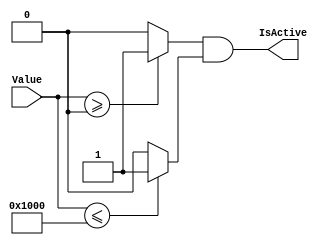
`timescale 1ns/1ps
`default_nettype none
// PLEASE READ THIS, IT MAY SAVE YOU SOME TIME AND MONEY, THANK YOU!
// * This file was generated by Quokka FPGA Toolkit.
// * Generated code is your property, do whatever you want with it
// * Place custom code between [BEGIN USER ***] and [END USER ***].
// * CAUTION: All code outside of [USER] scope is subject to regeneration.
// * Bad things happen sometimes in developer's life,
//   it is recommended to use source control management software (e.g. git, bzr etc) to keep your custom code safe'n'sound.
// * Internal structure of code is subject to change.
//   You can use some of signals in custom code, but most likely they will not exist in future (e.g. will get shorter or gone completely)
// * Please send your feedback, comments, improvement ideas etc. to evmuryshkin@gmail.com
// * Visit https://github.com/EvgenyMuryshkin/QuokkaEvaluation to access latest version of playground
//
// DISCLAIMER:
//   Code comes AS-IS, it is your responsibility to make sure it is working as expected
//   no responsibility will be taken for any loss or damage caused by use of Quokka toolkit.
//
// System configuration name is AXISoCQuadCoreModule_TopLevel_cpu0Interconnect_writeInterconnect_rangeDetectorArray0_rangeDetectors0, clock frequency is 1Hz, Embedded
// FSM summary
// -- Packages
module AXISoCQuadCoreModule_TopLevel_cpu0Interconnect_writeInterconnect_rangeDetectorArray0_rangeDetectors0
(
	// [BEGIN USER PORTS]
	// [END USER PORTS]
	input wire [31:0] Value,
	output wire IsActive
);
	// [BEGIN USER SIGNALS]
	// [END USER SIGNALS]
	localparam HiSignal = 1'b1;
	localparam LoSignal = 1'b0;
	wire Zero = 1'b0;
	wire One = 1'b1;
	wire true = 1'b1;
	wire false = 1'b0;
	wire [0: 0] rangeFrom = 1'b0;
	wire [12: 0] rangeTo = 13'b1000000000000;
	wire [31: 0] Inputs_Value;
	wire RangeDetectorModule_L33F33T85_Expr;
	wire RangeDetectorModule_L33F33T85_Expr_1;
	wire RangeDetectorModule_L33F33T85_Expr_2;
	wire RangeDetectorModule_L33F33T58_Expr;
	wire signed [32: 0] RangeDetectorModule_L33F33T58_ExprLhs;
	wire signed [32: 0] RangeDetectorModule_L33F33T58_ExprRhs;
	wire RangeDetectorModule_L33F62T85_Expr;
	wire signed [32: 0] RangeDetectorModule_L33F62T85_ExprLhs;
	wire signed [32: 0] RangeDetectorModule_L33F62T85_ExprRhs;
	assign RangeDetectorModule_L33F33T58_Expr = RangeDetectorModule_L33F33T58_ExprLhs >= RangeDetectorModule_L33F33T58_ExprRhs ? 1'b1 : 1'b0;
	assign RangeDetectorModule_L33F62T85_Expr = RangeDetectorModule_L33F62T85_ExprLhs <= RangeDetectorModule_L33F62T85_ExprRhs ? 1'b1 : 1'b0;
	assign RangeDetectorModule_L33F33T85_Expr = RangeDetectorModule_L33F33T85_Expr_1 & RangeDetectorModule_L33F33T85_Expr_2;
	assign RangeDetectorModule_L33F33T58_ExprLhs = {
		1'b0,
		Inputs_Value
	}
	;
	assign RangeDetectorModule_L33F33T58_ExprRhs = {
		{32{1'b0}},
		rangeFrom
	}
	;
	assign RangeDetectorModule_L33F62T85_ExprLhs = {
		1'b0,
		Inputs_Value
	}
	;
	assign RangeDetectorModule_L33F62T85_ExprRhs = {
		{20{1'b0}},
		rangeTo
	}
	;
	assign RangeDetectorModule_L33F33T85_Expr_1 = RangeDetectorModule_L33F33T58_Expr;
	assign RangeDetectorModule_L33F33T85_Expr_2 = RangeDetectorModule_L33F62T85_Expr;
	assign Inputs_Value = Value;
	assign IsActive = RangeDetectorModule_L33F33T85_Expr;
	// [BEGIN USER ARCHITECTURE]
	// [END USER ARCHITECTURE]
endmodule